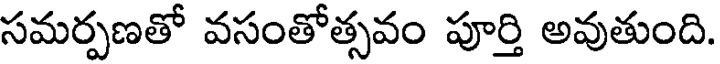
సమర్పణతో వసంతోత్సవం పూర్తి అవుతుంది.